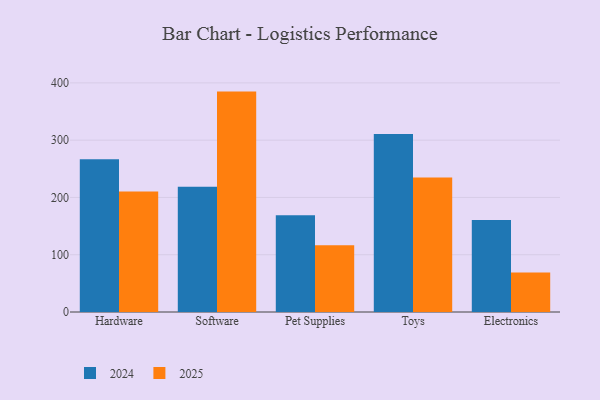
{"axis": {"x": "Category", "y": "Population (Million)"}, "legend": ["2024", "2025"], "data": [{"x": "Hardware", "y": 266.9, "type": "2024"}, {"x": "Hardware", "y": 210.4, "type": "2025"}, {"x": "Software", "y": 218.6, "type": "2024"}, {"x": "Software", "y": 384.8, "type": "2025"}, {"x": "Pet Supplies", "y": 168.9, "type": "2024"}, {"x": "Pet Supplies", "y": 116.4, "type": "2025"}, {"x": "Toys", "y": 310.8, "type": "2024"}, {"x": "Toys", "y": 234.7, "type": "2025"}, {"x": "Electronics", "y": 160.8, "type": "2024"}, {"x": "Electronics", "y": 69.1, "type": "2025"}]}